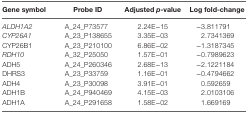
| Gene symbol | Probe ID | Adjusted p-value | Log fold-change |
 | --- | --- | --- | --- |
 | ALDH1A2 | A_24_P73577 | 2.24E−15 | −3.811791 |
 | CYP26A1 | A_23_P138655 | 3.35E−03 | 2.7341369 |
 | CYP26B1 | A_23_P210100 | 6.86E−02 | −1.3187345 |
 | RDH10 | A_32_P25050 | 1.57E−01 | −0.7989623 |
 | ADH5 | A_24_P260346 | 2.68E−13 | −2.1221184 |
 | DHRS3 | A_23_P33759 | 1.16E−01 | −0.4794662 |
 | ADH4 | A_23_P30098 | 3.91E−01 | 0.592659 |
 | ADH1B | A_24_P940469 | 4.15E−03 | 2.0103106 |
 | ADH1A | A_24_P291658 | 1.58E−02 | 1.669169 |